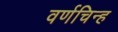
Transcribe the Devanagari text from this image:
वर्णचिन्ह